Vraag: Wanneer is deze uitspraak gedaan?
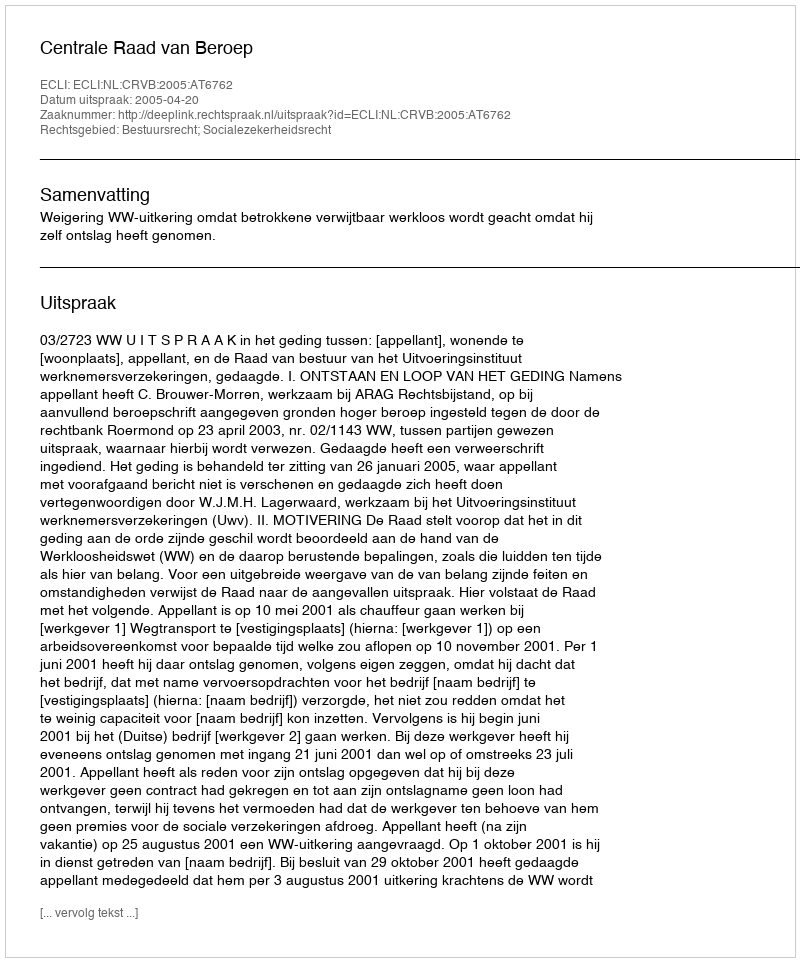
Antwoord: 2005-04-20